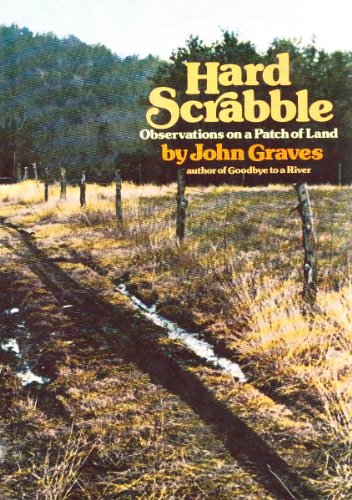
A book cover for Hard Scrabble; John Graves; Travel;